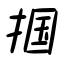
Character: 掴